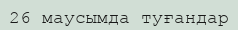
26 маусымда туғандар